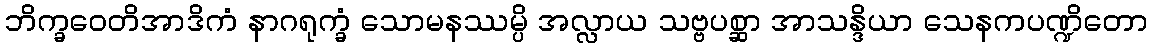
ဘိက္ခဝေတိအာဒိကံ နာဂရုက္ခံ သောမနဿမ္ပိ အလ္လာယ သဗ္ဗပစ္ဆာ အာသန္ဒိယာ သေနကပဏ္ဍိတော